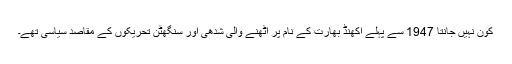
کون نہیں جانتا 1947 سے پہلے اکھنڈ بھارت کے نام پر اُٹھنے والی شدّھی اور سنگھٹن تحریکوں کے مقاصد سیاسی تھے۔